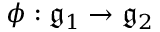
\phi : { \mathfrak { g } } _ { 1 } \to { \mathfrak { g } } _ { 2 }